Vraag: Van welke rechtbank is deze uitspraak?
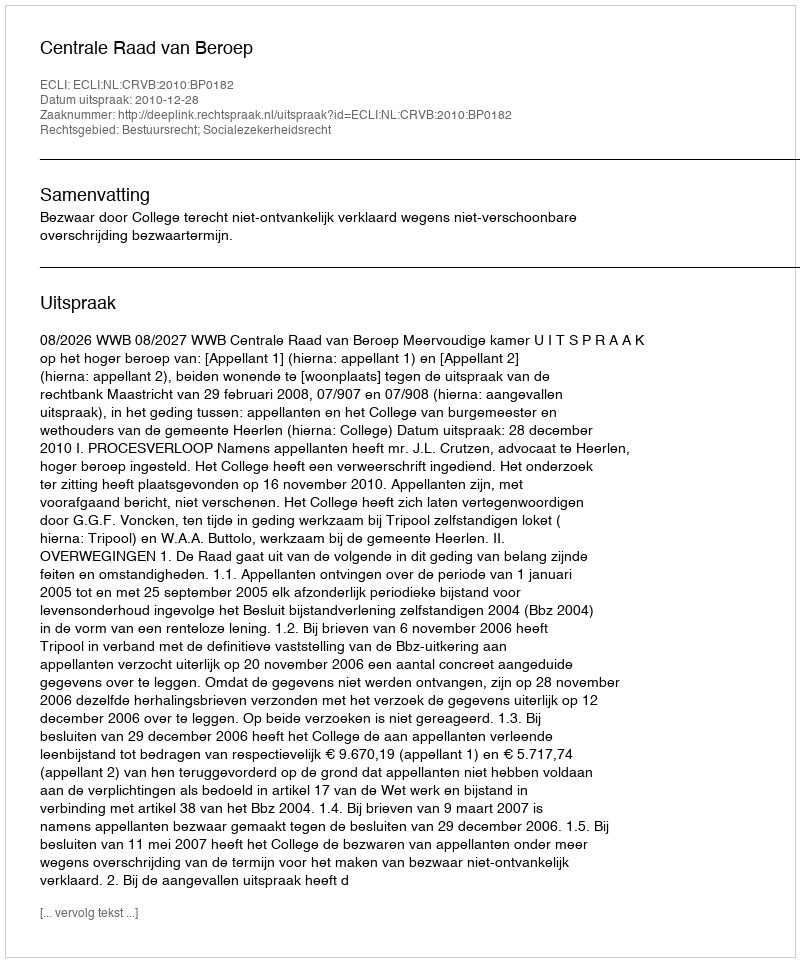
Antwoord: Centrale Raad van Beroep